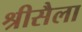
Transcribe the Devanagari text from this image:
श्रीसैला